Torma_(Votikvere)_vallavalitsus, lk 53
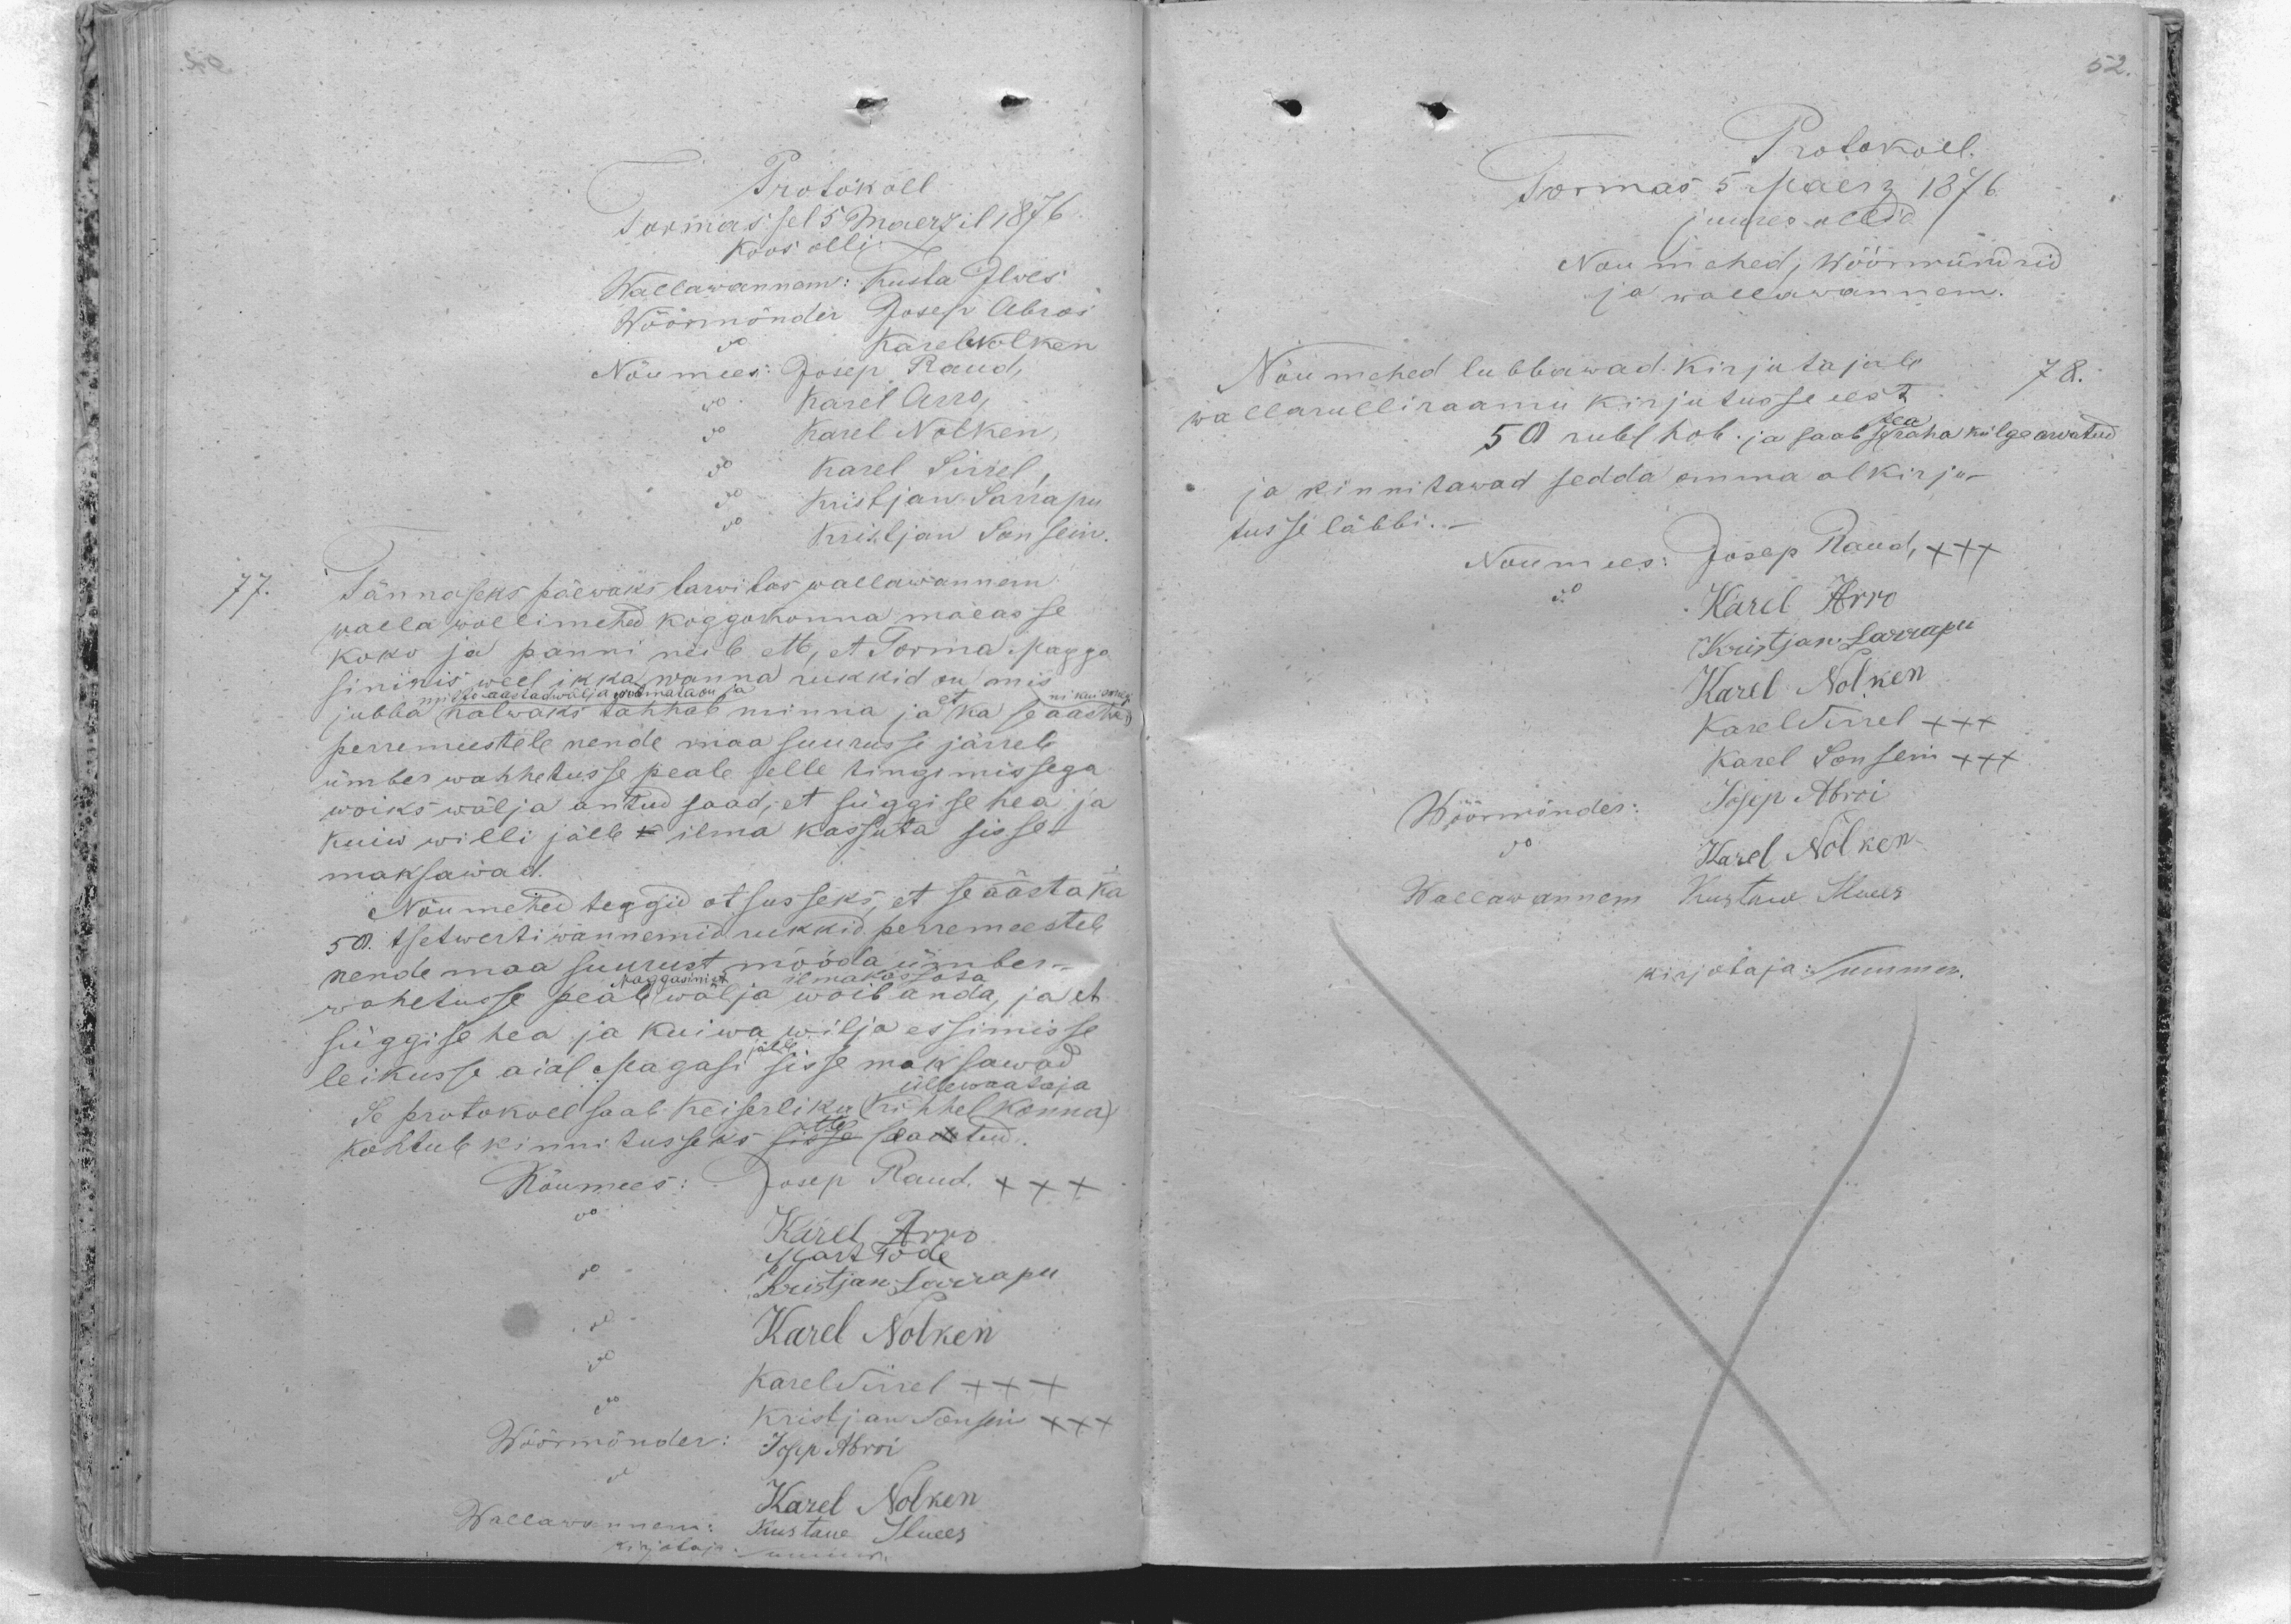
Protokoll
Tormas sel 5 Maerzil 1876
Koos olli:
Wallawannem: Kusta Ilwes
Wöörmönder Josep Abroi
Karel Nolken
Nõumees: Josep Raud,
Karel Arro,
Karel Nolken,
Karel Sirrel,
Kristjan Sarrapu
Kristjan Sonsein.
77. Tännaseks päewaks tarwitas wallawannem
walla wollimehed koggokonna maeasse
koko ja panni neile ette, et Torma Magga
sininis weel ikka wanna rukkid on mis
ni kui ennegi
jubba halwaks tahhab minna ja et ka se aasta
perremeestele nende maa suurusse järrele
ümber wahhetusse peale selle tingimissega
wõiks wälja antud saad, et süggise hea ja
kuiw willi jälle ilma kassuta sisse-
maksawad.
Nõumehed teggid otsusseks, et se aasta ka
50. tsetwerti wannemid rukkid perremeestele
nende maa suurust mööda ümber
Maggasinist
ilma kassata
wahetusse peale wälja wõib anda, ja et
süggise hea ja kuiwa wilja essimisse
leikusse aial Magasi jälle sisse maksawad
üllewaataja
Se protokoll saab Keiserliku (Kihhelkonna)
Kohtule kinnitusseks ette saadetud.
Josep Raud XXX
Nõumees.
Karel Arro
Mart Tode
Kristjan Sarrapu
Karel Nolken
Karel Sirrel +++
Kristjan Sonsein XXX
Wöörmönder
Josep Abroi
Karel Nolken
Wallawannem:
Kustaw  Ilwes
Kirjataja: Summri
mille aastad wälja wimata on ja

Protokoll.
Tormas 5 Maerz 1876.
Juures ollid
Noumehed, wöörwündrid
ja wallawannem.
Nõumehed lubbawad kirjutajale
78.
wallarulliraamu kirjutusse eest
50 rubl hob. ja saab se pea raha külge arwatud
ja kinnitawad sedda omma alkirju-
tusse läbbi.-
Noumees: Josep Raud xxx
Karel Arro
Kristjan Sarrapu
Karel Nolken
Karel Sirrel XXX
Karel Sonsein XXX
Josep Abroi
Wöörmönder:
Karel Nolken
Kustaw Ilwes
Wallawannem:
kirjotaja: Summer.